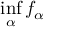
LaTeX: \operatorname* { i n f } _ { \alpha } f _ { \alpha }